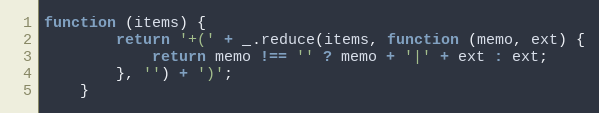
Language: JavaScript
function (items) {
        return '+(' + _.reduce(items, function (memo, ext) {
            return memo !== '' ? memo + '|' + ext : ext;
        }, '') + ')';
    }